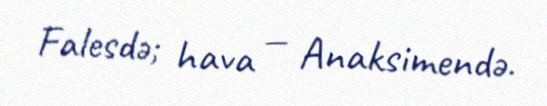
Falesdə; hava — Anaksimendə.